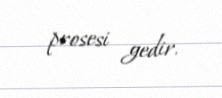
prosesi gedir.